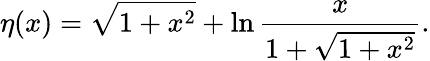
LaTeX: \eta(x)=\sqrt{1+x^{2}}+\ln\frac{x}{1+\sqrt{1+x^{2}}}.